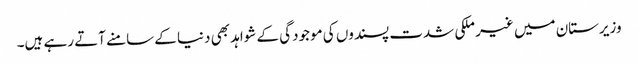
وزیرستان میں غیر ملکی شدت پسندوں کی موجودگی کے شواہد بھی دنیا کے سامنے آتے رہے ہیں۔